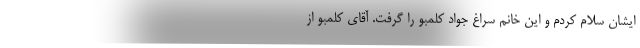
ایشان سلام کردم و این خانم سراغ جواد کلمبو را گرفت. آقای کلمبو از